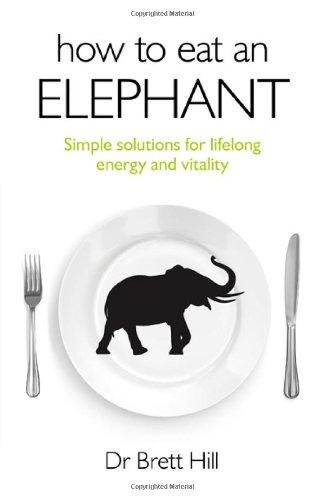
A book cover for How to Eat an Elephant: Simple solutions for lifelong energy and vitality; Dr. Brett Hill; Health, Fitness & Dieting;